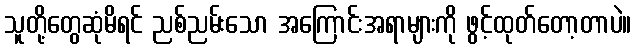
သူတို့တွေဆုံမိရင် ညစ်ညမ်းသော အကြောင်းအရာများကို ဖွင့်ထုတ်တော့တာပဲ။